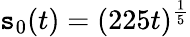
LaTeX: \mathtt{s}_{0}(t)\stackrel{}{=}(225t)^{\frac{1}{5}}